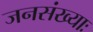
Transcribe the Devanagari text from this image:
जनसंख्याः